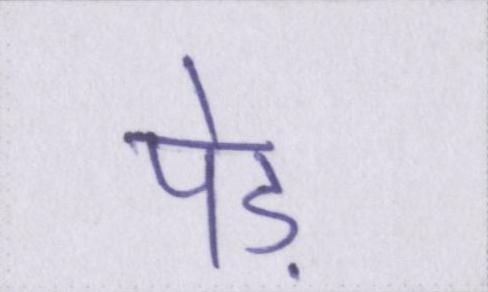
पेड़